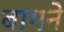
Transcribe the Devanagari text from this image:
बागने